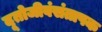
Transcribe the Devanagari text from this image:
दूतोजीवंसंतापक